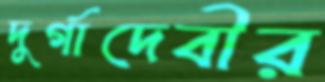
দুর্গাদেবীর